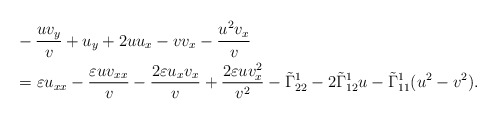
\begin{align*}&-\frac{uv_y}{v}+u_y+2uu_x-vv_x-\frac{u^2v_x}{v}\\&=\varepsilon u_{xx}-\frac{\varepsilon uv_{xx}}{v}-\frac{2\varepsilon u_xv_x}{v}+\frac{2\varepsilon uv_x^2}{v^2} -\tilde{\Gamma}^1_{22}-2\tilde{\Gamma}^1_{12}u-\tilde{\Gamma}^1_{11}(u^2-v^2). \end{align*}